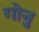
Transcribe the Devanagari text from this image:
गोनु